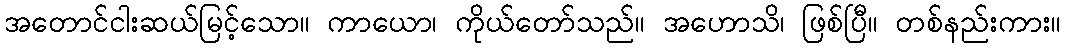
အတောင်ငါးဆယ်မြင့်သော။ ကာယော၊ ကိုယ်တော်သည်။ အဟောသိ၊ ဖြစ်ပြီ။ တစ်နည်းကား။